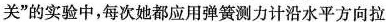
关”的实验中，每次她都应用弹簧测力计沿水平方向拉